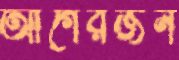
আগেরজন